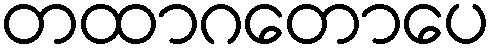
တထာဂတောပေ